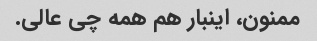
ممنون، اینبار هم همه چی عالی.